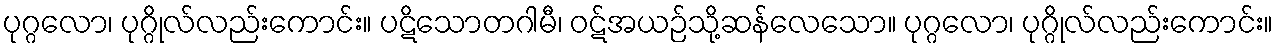
ပုဂ္ဂလော၊ ပုဂ္ဂိုလ်လည်းကောင်း။ ပဋိသောတဂါမီ၊ ဝဋ်အယဉ်သို့ဆန်လေသော။ ပုဂ္ဂလော၊ ပုဂ္ဂိုလ်လည်းကောင်း။